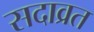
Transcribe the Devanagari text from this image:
सदाव्रत